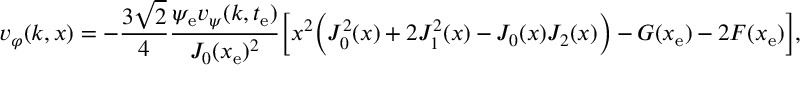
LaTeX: v _ { \varphi } ( k , x ) = - \frac { 3 \sqrt { 2 } } { 4 } \frac { \psi _ { \mathrm { e } } v _ { \psi } ( k , t _ { \mathrm { e } } ) } { J _ { 0 } ( x _ { \mathrm { e } } ) ^ { 2 } } \biggl [ x ^ { 2 } \biggl ( J _ { 0 } ^ { 2 } ( x ) + 2 J _ { 1 } ^ { 2 } ( x ) - J _ { 0 } ( x ) J _ { 2 } ( x ) \biggr ) - G ( x _ { \mathrm { e } } ) - 2 F ( x _ { \mathrm { e } } ) \biggr ] ,